Account of plague administration in the Bombay Presidency from September 1896 till May 1897
Year: 1896
Disease focus: Plague
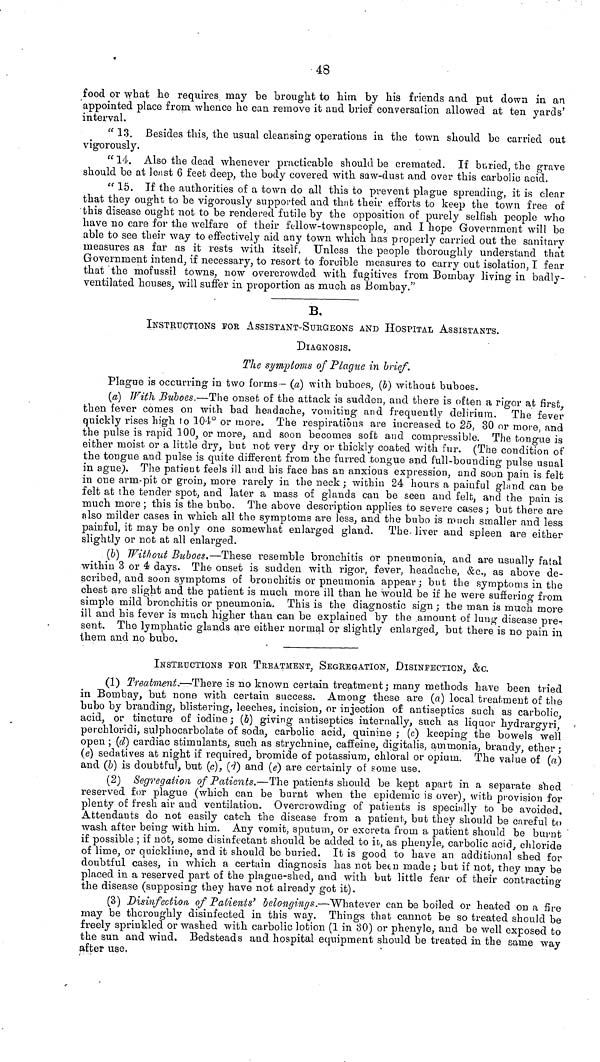
48
food or what he requires may be brought to him by his friends and put down in an
appointed place from whence he can remove it and brief conversalion allowed at ten yards'
interval.
" 13. Besides this, the usual cleansing operations in the town should be carried out
vigorously.
" 14. Also the dead whenever practicable should be cremated. If buried, the grave
should be at lenst 6 feefc deep, the body covered with saw-dust and over this carbolic acid.
" 15. If the authorities of a town do all this to prevent plague spreading, it is clear
that they ought to be vigorously supported and that their efforts to keep the town free of
this disease ought not to be rendered futile by the opposition of purely selfish people who
have no care for the welfare of their fellow-townspeople, and I hope Government will be
able to see their \vay to effectively aid any town which has properly carried out the sanitary
measures as far as it rests with itself. Unless the people thoroughly understand tha't
Government intend, if necessary, to resort to forcible measures to carry out isolation, I fear
that the mofussil towns, now overcrowded with fugitives from Bombay living in badly-
ventilated houses, will suffer in proportion as much as Bombay."
B.
INSTRUCTIONS ΪΟΕ ASSISTANT-SURGEONS AND HOSPITAL ASSISTANTS.
DIAGNOSIS.
The symptoms of Plague in brief.
Plague is occurring in two forms - (a) \vith buboes, (δ) without buboes.
(a) With Buboes.—The onset of the attack is sudden, and there is often a rigor at first,
then fever comes on with bad headache, vomiting and frequently delirium. The fever
quickly rises high to 104° or more. The respirations are increased to 25, 30 or more, and
the pulse is rapid 100, or more, and soon becomes soft and compi'essible. The tongue is
either moist or a little dry, but not very dry or thickly coated with fur. (The condition of
the tongue and pulse is quite different from the furred tongue and full-bounding pulse usual
in ague). The patient feels ill and his face has an anxious expression, and soon pain is felt
in one arm-pit or groin, more rarely in the neck; within 24 hours a painful gLind can be
felt at the tender spot, and later a mass of glands can be seen and felt ? and the pain is
much more ; this is the bubo. The above description applies to severe cases; but there are
also milder cases in which all the symptoms are less, and the bubo is much smaller and less
painful, it may be only one somewhat enlarged gland. The liver and spleen are either
slightly or not at all enlarged.
(fc) Without Buboes.—These resemble bronchitis or pneumonia, and are usually fatal
within 3 or 4 days. The onset is sudden with rigor, fever, headache, &c., as above de-
scribed, and soon symptoms of bronchitis or pneumonia appear; but the symptoms in the
chest are slight and the patient is much more ill than he would be if he were suffering from
simple mild bronchitis or pneumonia. This is the diagnostic sign ; the man is much more
ill and his fever is much higher than can be explained by the amount of lung disease pre-
sent. The lymphatic glands are either normal or slightly enlarged, but there is no pain in
them and no bubo.
INSTRUCTIONS FOR TREATMENT, SEGREGATION, DISINFECTION, &c.
(1) Treatment.—There is no known certain treatment; many methods have been tried
in Bombay, but none with certain success. Among these are (a] local treatment of the
bubo by branding, blistering, leeches, incision, or injection of antiseptics such as carbolic,
acid, or tincture of iodine ; (δ) giving antiseptics internally, such as liquor hydrargyri,
perchloridi, sulphocarbolate of soda, carbolic acid, quinine ; (c) keeping the bowels well
open ; (d) cardiac stimulants, such as strychnine, caffeine, digitalis, ammonia, brandy, ether ;
(e) sedatives at night if required, bromide of potassium, chloral or opium. The value of (a)
and (&) is doubtful, but (c), (·?) and (e) are certainly of some use.
(2) Segregation of Patients.—The patients should be kept apart in a separate shed
reserved for plague (which can be burnt when the epidemic is over), with provision for
plenty of fresh air and ventilation. Overcrowding of patients is specially to be avoided.
Attendants do not easily catch the disease from a patient, but they should be careful to
wash after being with him. Any vomit, sputum, or excreta from a patient should be burnt
if possible ; if not, some disinfectant should be added to it, as phenyle, carbolic acid, chloride
of lime, or quicklime, and it should be buried. It is good to have an additional shed for
doubtful cases, in which a certain diagnosis has not betn made; but if not, they may be
placed in a reserved part of the plague-shed, and with but little fear of their contracting
the disease (supposing they have not already got it).
(3) Disinfection of Patients' belongings.—Whatever can be boiled or heated on a fire
may be thoroughly disinfected in this way. Things that cannot be so treated should be
freely sprinkled or washed with carbolic lotion (1 in 80) or phenyle, and be well exposed to
the sun and wind. Bedsteads and hospital equipment should be treated in the same way
after use,